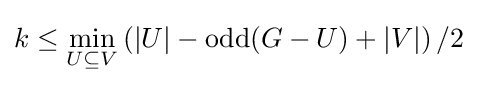
k\leq \min _{U\subseteq V}\left(|U|-\operatorname {odd} (G-U)+|V|\right)/2